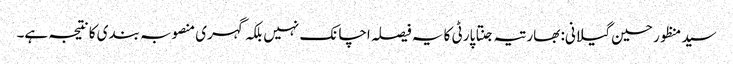
سید منظور حسین گیلانی: بھارتیہ جنتا پارٹی کا یہ فیصلہ اچانک نہیں بلکہ گہری منصوبہ بندی کا نتیجہ ہے۔